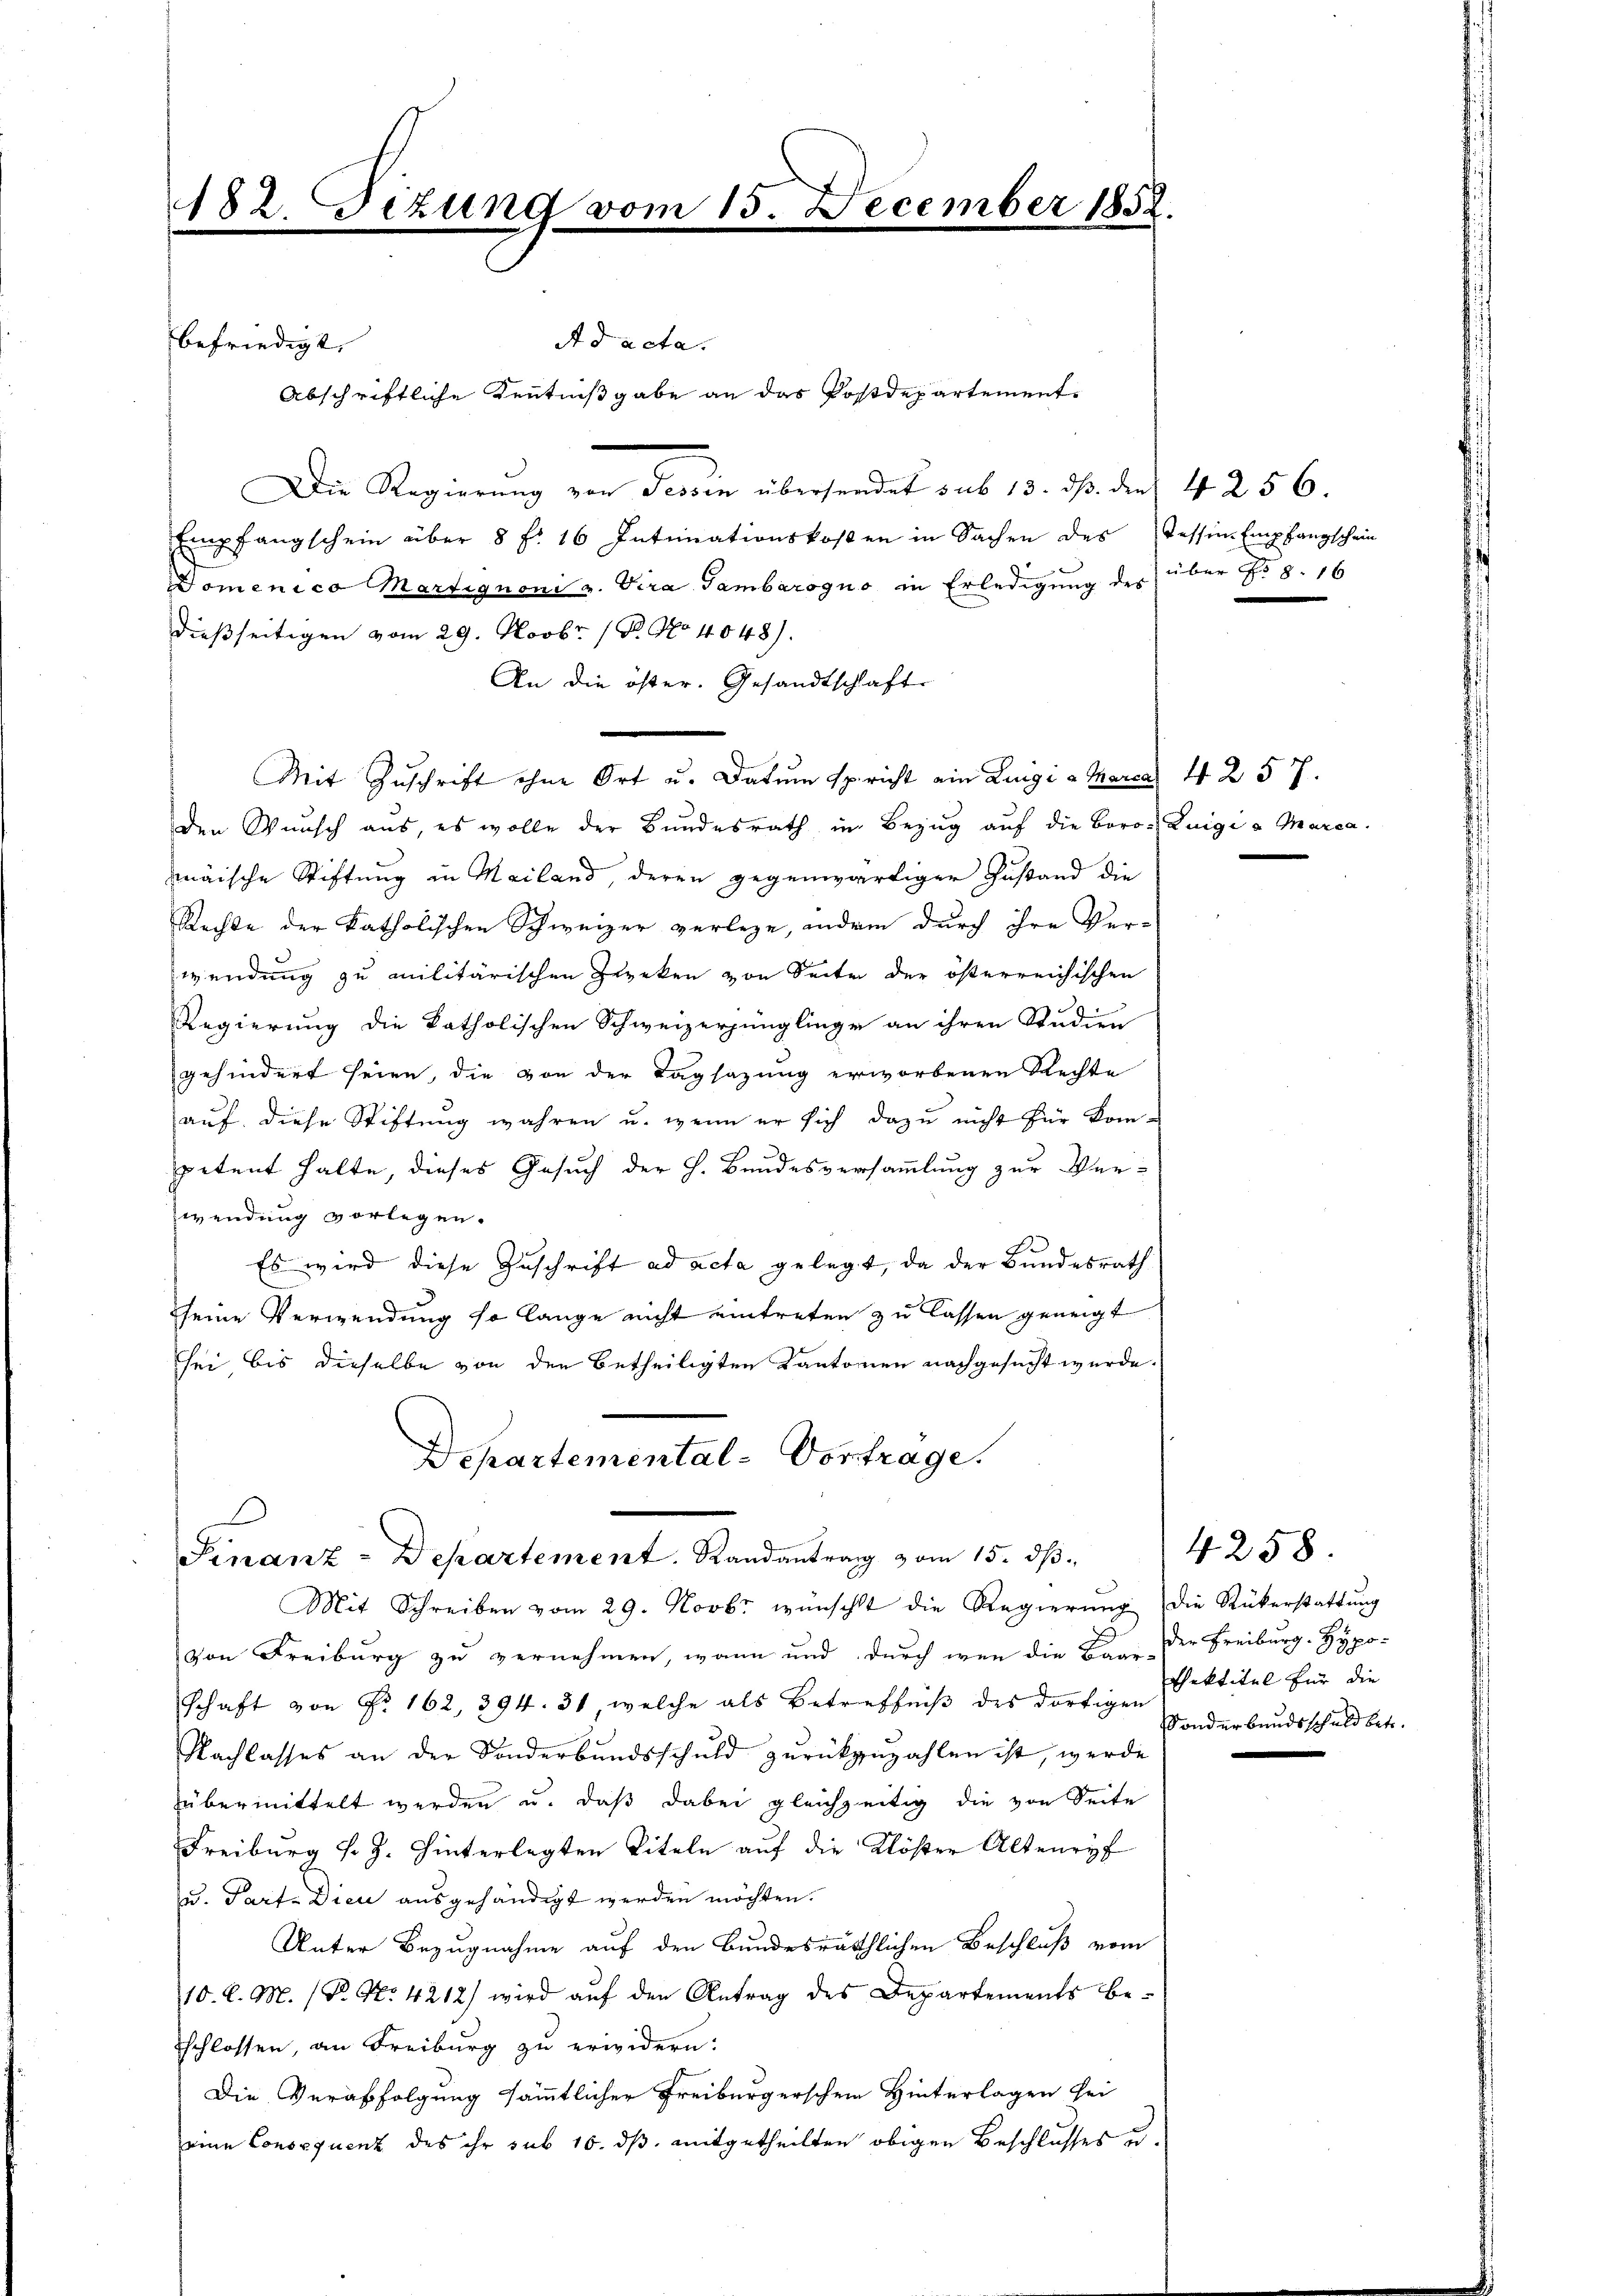
182. Dizung vom 15. December 1852.

Ad acta.
befriedigt. |
Abschriftliche Kenntnißgabe an das Postdepartement¬
Die Regierŭng von Tessin übersendet sub 13. ds. die 4 256.
Empfangschein über 8 f. 16 Intimationskosten in Sachen des Tessin Empfangschein
Domenico Martignoni v. Vira Gambaroquo in Erledigung des über No 8. 16
dießseitigen vom 29. Novbr. / B. No 4048).
An die öster. Gesandtschlaft
Mit Zuschrift ohne Ort u. datum spricht ein Luigi a Marca 4 257.
den Wunsch aus, es wolle der Bundesrath in Bezŭg aŭf die Boro-Luigi a Marca
mäische Stiftung in Mailand, deren gegenwärtiger Zustand die
Rechte der katholischen Schweizer verlege, andem durch ihre Ver-
wendung zu militärischen Zwecken von Seite der österreichischen
Regierung die katholischen Schweizerjünglinge an ihren Studien
gehindert seien, die von der Tagsazung erworbenen Rechte
aŭf diese Stiftung wahren u. wenn er sich dazu nicht für kom-
spetent halte, dieses Gesuch der h. Bundesversammlung zur Verwendung vorlegen.
.
Es wird diese Zuschrift ad acta gelegt, da der Bundesrath
seine Verwendung so lange nicht eintreten zu lassen geneigt
sei bis dieselbe von den betheiligten Kantonen nachgesucht wurde.
Departemental-Vortrage.

x
Finanz-Departement. Randantrag vom 15. dβ.

Mit Schreiben vom 29. Novbr wünscht die Regierŭng die Rükerstattung
von Freiburg zu vernehmen, wann und durch wenn die Bare der Freiburg-Hypo-
schaft von No 162, 294. 31, welche als Betreffniß des dortigen
Nachlasses an der Sonderbundsschuld zurückzuzahlen ist, werde
übermittelt werden u. daß dabei gleichzeitig die von Seite
Freiburg v. J. hinterlegten Titeln auf die Klöster Alteneÿf
u. Parte Dien ausgehändigt werden möchten.
Unter Bezugnahme auf den Bundesräthlichen Beschluß vom
10. d. M. (T. No. 4212) wird aŭf den Antrag des Departements be-
sschlossen, an Freiburg zu erwidern:
Die Verabfolgung sämmtlicher Freiburgerschein Hinterlagen sei
eine Consequenz des ihr sub 16. ds. mitgetheilten obigen Beschlusses u.

4258.
Pfektitel für die
Sonderbundsschuld betr.